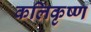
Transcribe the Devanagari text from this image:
कलिकृष्ण